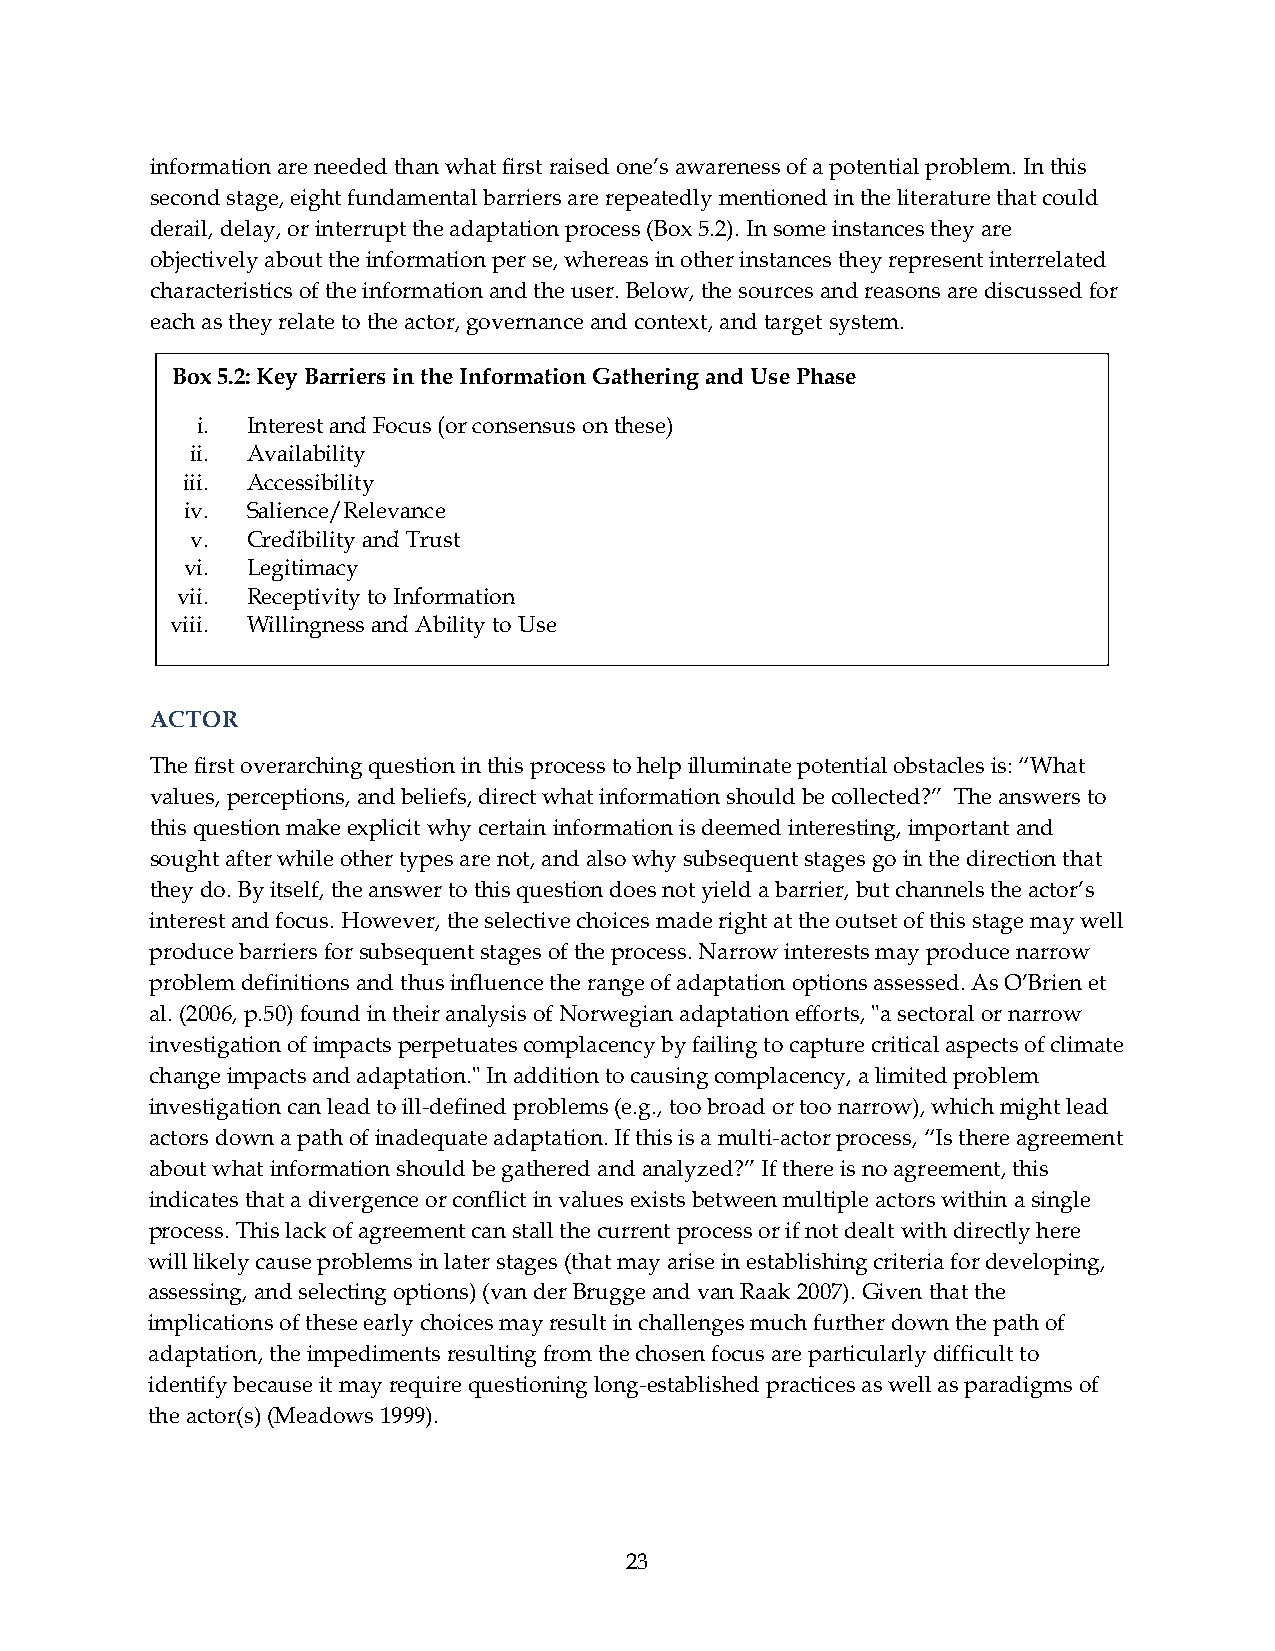
information are needed than what first raised one’s awareness of a potential problem. In this
 second stage, eight fundamental barriers are repeatedly mentioned in the literature that could
 derail, delay, or interrupt the adaptation process (Box 5.2). In some instances they are
 objectively about the information per se, whereas in other instances they represent interrelated
 characteristics of the information and the user. Below, the sources and reasons are discussed for
 each as they relate to the actor, governance and context, and target system.
 Box 5.2: Key Barriers in the Information Gathering and Use Phase
 i. Interest and Focus (or consensus on these)
 ii. Availability
 iii. Accessibility
 iv. Salience/Relevance
 v. Credibility and Trust
 vi. Legitimacy
 vii. Receptivity to Information
 viii. Willingness and Ability to Use
 ACTOR
 The first overarching question in this process to help illuminate potential obstacles is: “What
 values, perceptions, and beliefs, direct what information should be collected?” The answers to
 this question make explicit why certain information is deemed interesting, important and
 sought after while other types are not, and also why subsequent stages go in the direction that
 they do. By itself, the answer to this question does not yield a barrier, but channels the actor’s
 interest and focus. However, the selective choices made right at the outset of this stage may well
 produce barriers for subsequent stages of the process. Narrow interests may produce narrow
 problem definitions and thus influence the range of adaptation options assessed. As O’Brien et
 al. (2006, p.50) found in their analysis of Norwegian adaptation efforts, ʺa sectoral or narrow
 investigation of impacts perpetuates complacency by failing to capture critical aspects of climate
 change impacts and adaptation.ʺ In addition to causing complacency, a limited problem
 investigation can lead to ill‐defined problems (e.g., too broad or too narrow), which might lead
 actors down a path of inadequate adaptation. If this is a multi‐actor process, “Is there agreement
 about what information should be gathered and analyzed?” If there is no agreement, this
 indicates that a divergence or conflict in values exists between multiple actors within a single
 process. This lack of agreement can stall the current process or if not dealt with directly here
 will likely cause problems in later stages (that may arise in establishing criteria for developing,
 assessing, and selecting options) (van der Brugge and van Raak 2007). Given that the
 implications of these early choices may result in challenges much further down the path of
 adaptation, the impediments resulting from the chosen focus are particularly difficult to
 identify because it may require questioning long‐established practices as well as paradigms of
 the actor(s) (Meadows 1999).
 23